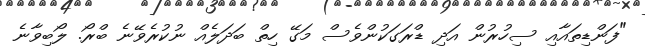
"ފަންޑިތައާއި ސިހުރުން އަދި ޑްރަގަކުންވެސް މަގޭ ހިތް ބަދަލެއް ނުކުރެވޭނެ ބްރޯ. ލޯބިވާނެ